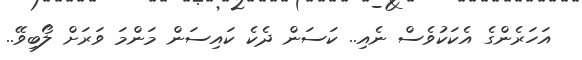
އަހަރެންގެ އެކަކުވެސް ނެއި.. ކަސަން ދެކެ ކައިސަން މަންމަ ވަރަށް ލޯބިވޭ..